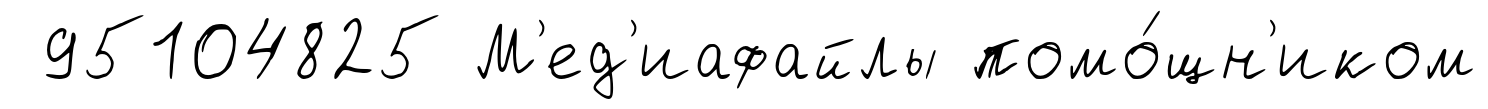
95104825 М'ед'иафайлы помо́щн'иком